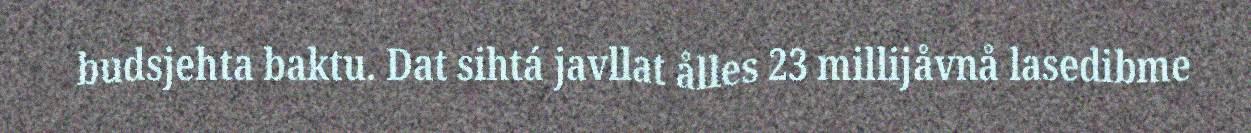
budsjehta baktu. Dat sihtá javllat ålles 23 millijåvnå lasedibme